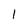
Character: 1